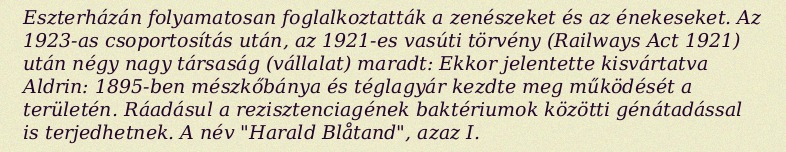
Eszterházán folyamatosan foglalkoztatták a zenészeket és az énekeseket. Az 1923-as csoportosítás után, az 1921-es vasúti törvény (Railways Act 1921) után négy nagy társaság (vállalat) maradt: Ekkor jelentette kisvártatva Aldrin: 1895-ben mészkőbánya és téglagyár kezdte meg működését a területén. Ráadásul a rezisztenciagének baktériumok közötti génátadással is terjedhetnek. A név "Harald Blåtand", azaz I.